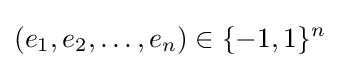
(e_{1},e_{2},\ldots ,e_{n})\in \{-1,1\}^{n}